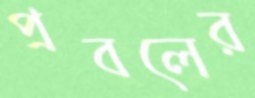
প্রবলের